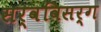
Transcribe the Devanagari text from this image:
सर्वविसर्ग